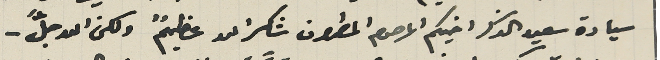
سيادة سعيد الذكر اخيكم المرحوم المطران شكرالله عظيمٌ ولكن الله جلَّ -